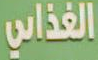
الغذائي